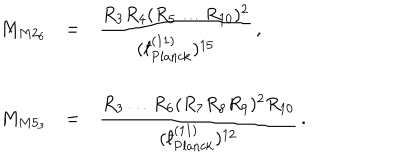
LaTeX: \begin{array} { r c l } { { M _ { M 2 _ { 6 } } } } & { { = } } & { { { \displaystyle \frac { R _ { 3 } R _ { 4 } ( R _ { 5 } \ldots R _ { 1 0 } ) ^ { 2 } } { ( { } ^ { - } \! \! \! \! \ell _ { \mathrm { P l a n c k } } ^ { ( 1 1 ) } ) ^ { 1 5 } } } \, , } } \\ { { } } & { { } } & { { } } \\ { { M _ { M 5 _ { 3 } } } } & { { = } } & { { { \displaystyle \frac { R _ { 3 } \ldots R _ { 6 } ( R _ { 7 } R _ { 8 } R _ { 9 } ) ^ { 2 } R _ { 1 0 } } { ( { } ^ { - } \! \! \! \! \ell _ { \mathrm { P l a n c k } } ^ { ( 1 1 ) } ) ^ { 1 2 } } } \, . } } \\ \end{array}